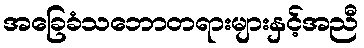
အခြေခံသဘောတရားများနှင့်အညီ